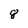
Character: 8